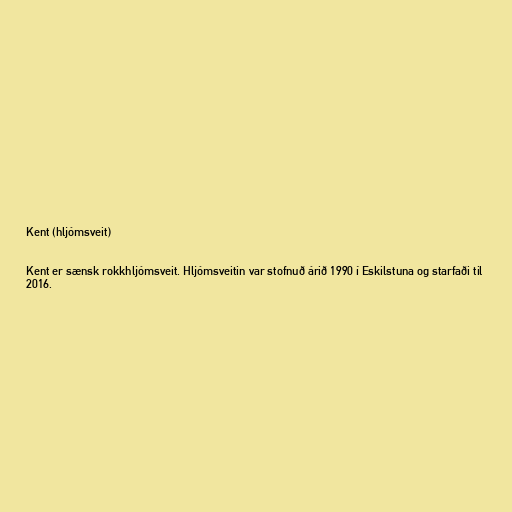
Kent (hljómsveit)

Kent er sænsk rokkhljómsveit. Hljómsveitin var stofnuð árið 1990 í Eskilstuna og starfaði til
2016.